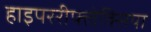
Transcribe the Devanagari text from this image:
हाइपररीफ्लेक्सिया